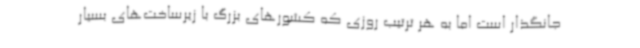
جانگذار است اما به هر ترتیب روزی که کشورهای بزرگ با زیرساخت‌های بسیار